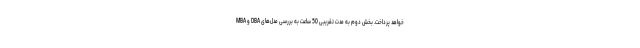
MBA و DBA خواهد پرداخت. بخش دوم به مدت تقریبی 50 ساعت به بررسی مدل‌های